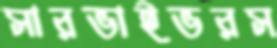
সারভাইভরস